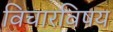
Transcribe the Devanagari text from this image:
विचारविषय